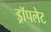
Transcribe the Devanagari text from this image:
ड्रॉपलेट